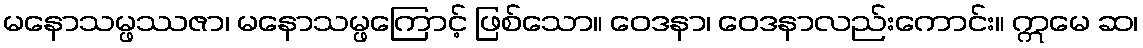
မနောသမ္ဖဿဇာ၊ မနောသမ္ဖကြောင့် ဖြစ်သော။ ဝေဒနာ၊ ဝေဒနာလည်းကောင်း။ ဣမေ ဆ၊